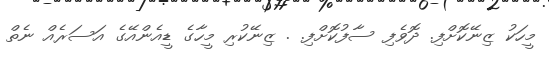
މީހަކު ޒިނޭކޮށްފި. ދޮވެފި ސާފުކޮށްފި. . ޒިނޭކުރި މީހާގެ ޑީއެންއޭގެ އަސަރެއް ނެތް